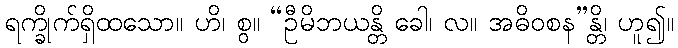
ရက္ခိုက်ရှိထသော။ ဟိ၊ စွ။ “ဦမိဘယန္တိ ခေါ၊ လ။ အဓိဝစန”န္တိ၊ ဟူ၍။